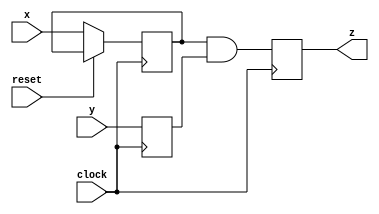
module reg_and_reg(
  input wire clock,
  input wire reset,
  input wire x,
  input wire y,
  output reg z
);

  reg x_in = 0;
  reg y_in = 0;
  always @(posedge clock) begin
	if (reset)
		z <= 0;
	else
		x_in <= x;
		y_in <= y ;

 		z <= x_in & y_in;
  end
endmodule